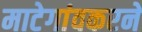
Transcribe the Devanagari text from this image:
माटेगांवकरने